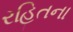
રહિતના